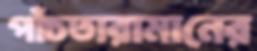
পাঁচতারামানের